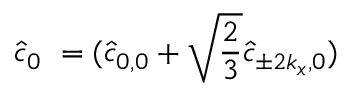
\hat { c } _ { 0 } ~ = ( \hat { c } _ { 0 , 0 } + \sqrt { \frac { 2 } { 3 } } \hat { c } _ { \pm 2 k _ { x } , 0 } )